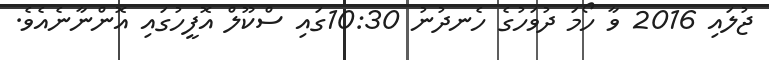
ޖުލައި 2016 ވާ ހޯމަ ދުވަހުގެ ހެނދުނު 10:30ގައި ސްކޫލް އޮފީހުގައި އޮންނާނެއެވެ.